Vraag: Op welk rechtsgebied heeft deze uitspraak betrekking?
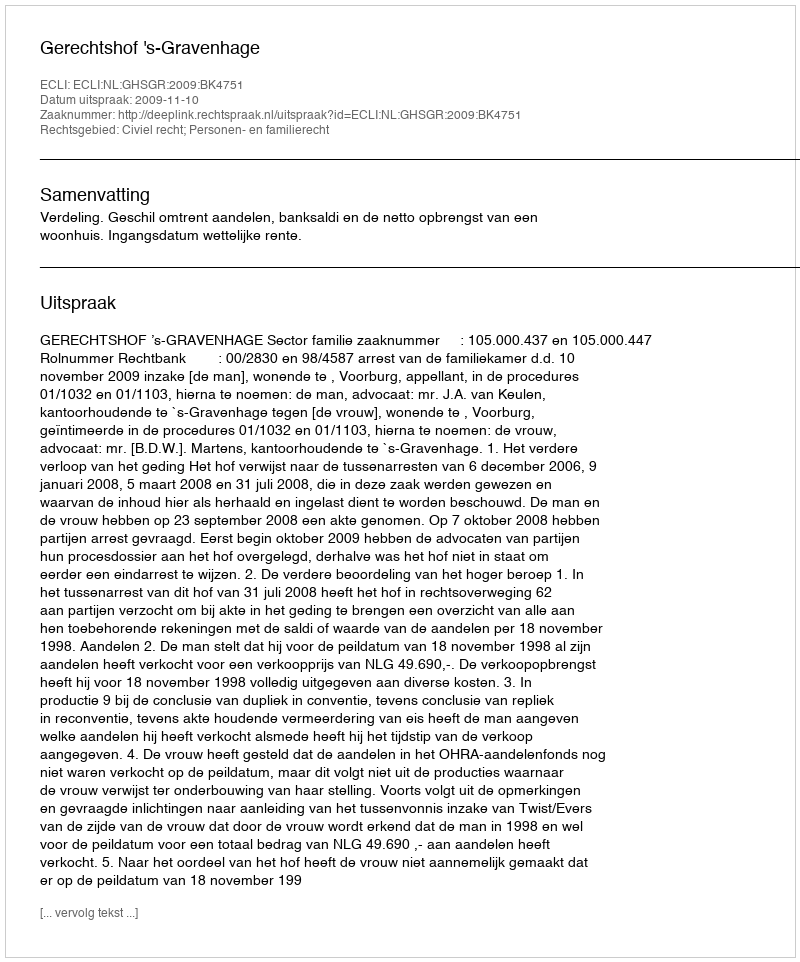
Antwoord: Civiel recht; Personen- en familierecht